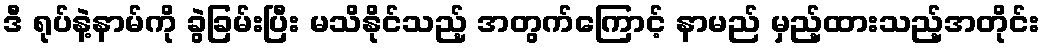
ဒီ ရုပ်နဲ့နာမ်ကို ခွဲခြမ်းပြီး မသိနိုင်သည့် အတွက်ကြောင့် နာမည် မှည့်ထားသည့်အတိုင်း